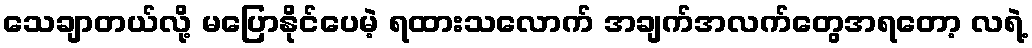
သေချာတယ်လို့ မပြောနိုင်ပေမဲ့ ရထားသလောက် အချက်အလက်တွေအရတော့ လရဲ့